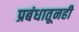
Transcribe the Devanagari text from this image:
प्रबंधातूनही